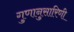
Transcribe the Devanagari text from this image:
गुणानुसारिणी